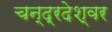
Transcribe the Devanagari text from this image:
चन्द्रदेश्वर